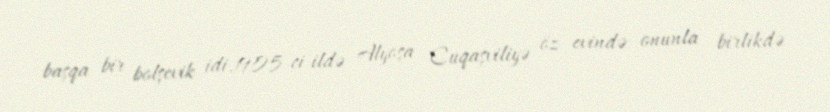
başqa bir bolşevik idi.1905-ci ildə Alyoşa Cuqaşviliyə öz evində onunla birlikdə